Madras marine plague regulations
Disease focus: Plague
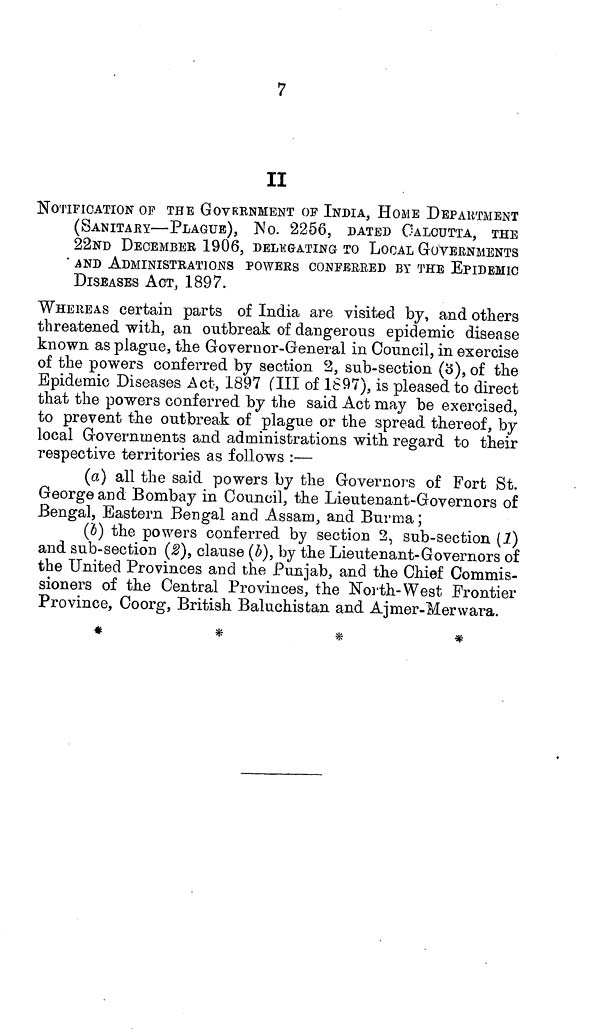
7
II
NOTIFICATION OP THE GOVERNMENT OF INDIA, HOME DEPARTMENT
(SANITARY—PLAGUE), No. 2256, DATED CALCUTTA, THE
22ND DEOEMBEE 1906, DELEGATING TO LOCAL GOVERNMENTS
AND ADMINISTRATIONS POWERS CONFERRED BY THE EPIDEMIC
DISEASES ACT, 1897.
WHEREAS certain parts of India are visited by, and others
threatened with, an outbreak of dangerous epidemic disease
known as plague, the Governor-General in Council, in exercise
of the powers conferred by section 2, sub-section (3), of the
Epidemic Diseases Act, 1897 (III of 1897), is pleased to direct
that the powers conferred by the said Act may be exercised,
to prevent the outbreak of plague or the spread thereof, by
local Governments and administrations with regard to their
respective territories as follows:—
(a) all the said powers by the Governors of Fort St.
George and Bombay in Council, the Lieutenant-Governors of
Bengal, Eastern Bengal and Assam, and Burma;
(b) the powers conferred by section 2, sub-section (1)
and sub-section (2), clause (b), by the Lieutenant-Governors of
the United Provinces and the Punjab, and the Chief Commis-
sioners of the Central Provinces, the North-West Frontier
Province, Coorg, British Baluchistan and Ajmer-Merwara.